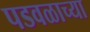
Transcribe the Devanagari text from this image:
पडवळाच्या